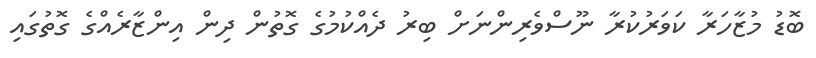
ބޮޑު މުޒާހަރާ ކަވަރުކުރާ ނޫސްވެރިންނަށް ބިރު ދެއްކުމުގެ ގޮތުން ދިން އިންޒާރެއްގެ ގޮތުގައި